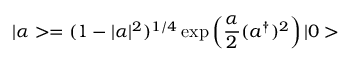
| \alpha > = ( 1 - | \alpha | ^ { 2 } ) ^ { 1 / 4 } \exp \left( \frac { \alpha } { 2 } ( a ^ { \dagger } ) ^ { 2 } \right) | 0 >